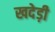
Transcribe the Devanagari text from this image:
खदेड़ी